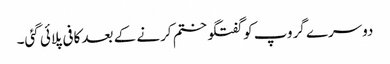
دوسرے گروپ کو گفتگو ختم کرنے کے بعد کافی پلائی گئی۔